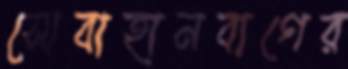
সোবাহানবাগের